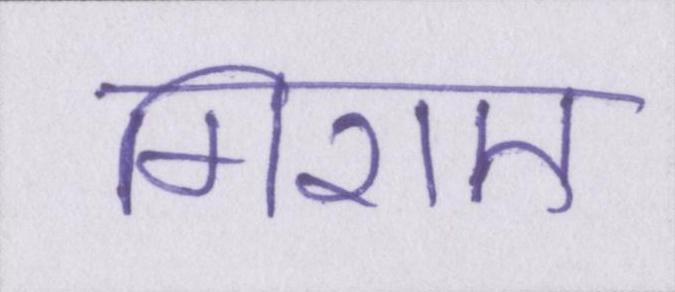
गिराए